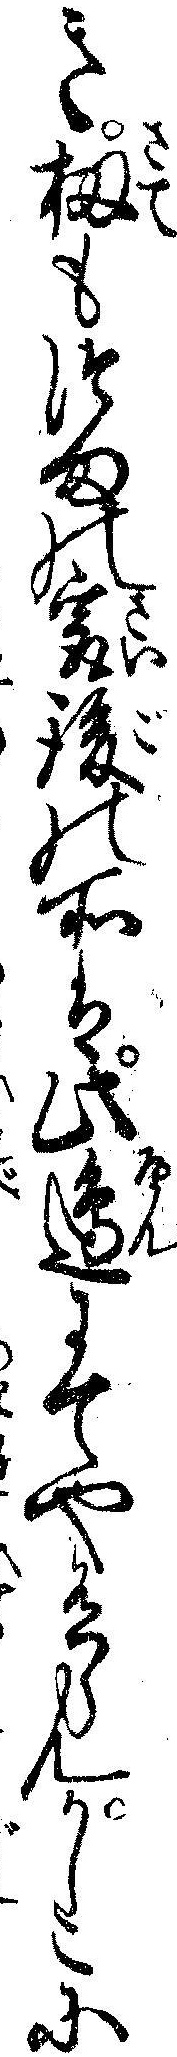
き扨もつまの最後の所は此辺にてや有らんかしこに